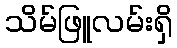
သိမ်ဖြူလမ်းရှိ